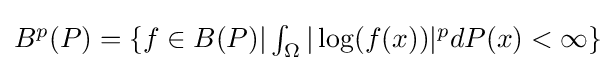
{\textstyle B^{p}(P)=\{f\in B(P)|\int _{\Omega }|\log(f(x))|^{p}dP(x)<\infty \}}